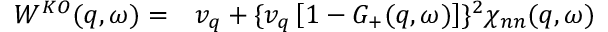
\begin{array} { r l } { W ^ { K O } ( q , \omega ) = } & { { } v _ { q } + \{ v _ { q } \left[ 1 - G _ { + } ( q , \omega ) \right] \} ^ { 2 } \chi _ { n n } ( q , \omega ) } \end{array}